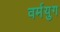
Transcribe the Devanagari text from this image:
वर्मयुग